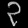
Digit: ၃